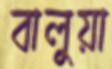
বালুয়া